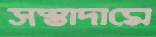
সস্তাদামে